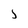
Character: 5